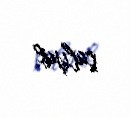
çalışıb.